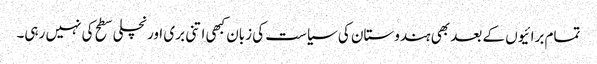
تمام برائیوں کے بعد بھی ہندوستان کی سیاست کی زبان کبھی اتنی بری اور نچلی سطح کی نہیں رہی۔